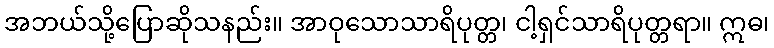
အဘယ်သို့ပြောဆိုသနည်း။ အာဝုသောသာရိပုတ္တ၊ ငါ့ရှင်သာရိပုတ္တရာ။ ဣဓ၊